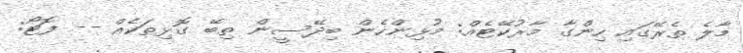
މާލެ ތެރޭގައި ހިންގާ މާރުކޭޓެއް: މުޅިންހެން ބިދޭސީން ތިބޭ ގޮޅިތަކެއް -- ފޮޓޯ: